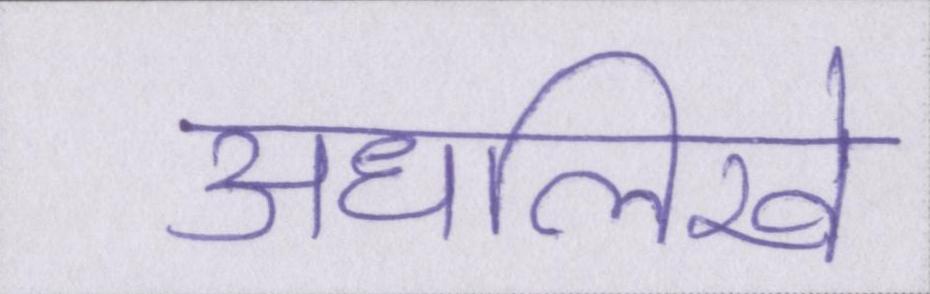
अधलिखे